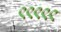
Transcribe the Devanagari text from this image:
९९९९९